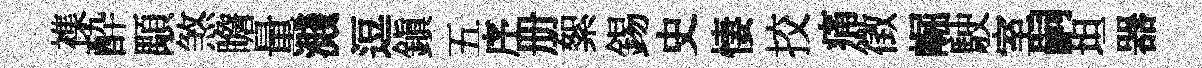
襍酔顒煞瞻量濺逗鎮五序册絮錫史悽挍痛徵崛駛室嗣坦器